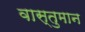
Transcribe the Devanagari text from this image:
वास्तुमान